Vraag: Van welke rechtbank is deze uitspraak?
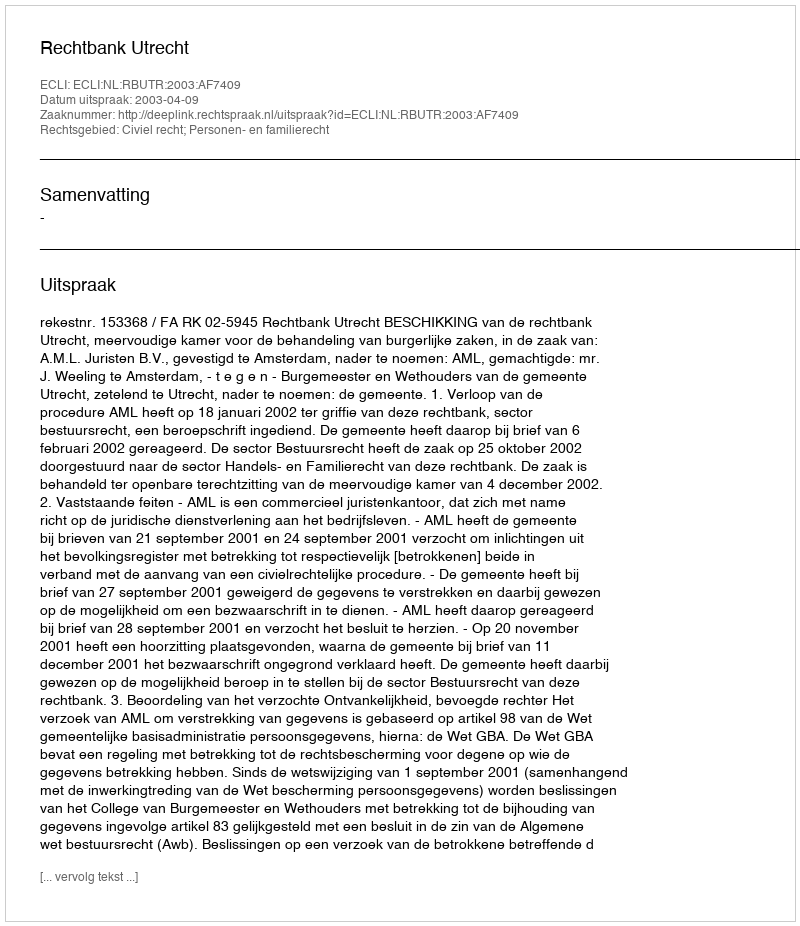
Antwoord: Rechtbank Utrecht